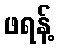
ဖရန့်